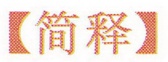
【简释】